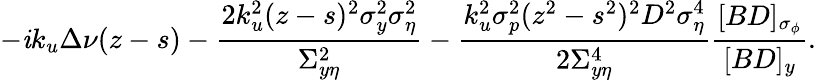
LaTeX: -\mathit{i}k_{u}\Delta\nu(z-s)-\frac{{2k_{u}^{2}(z-s)^{2}\sigma_{y}^{2}\sigma_{\eta}^{2}}}{{\Sigma_{y\eta}^{2}}}-\frac{{k_{u}^{2}\sigma_{p}^{2}(z^{2}-s^{2})^{2}D^{2}\sigma_{\eta}^{4}}}{{2\Sigma_{y\eta}^{4}}}\frac{{[BD]_{\sigma_{\phi}}}}{{[BD]_{y}}}.